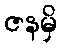
ဇနမှိ